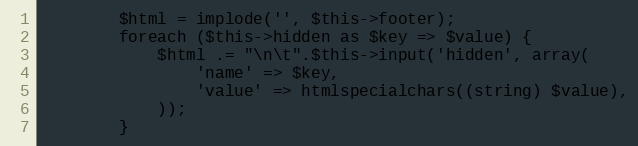
Language: PHP
        $html = implode('', $this->footer);
        foreach ($this->hidden as $key => $value) {
            $html .= "\n\t".$this->input('hidden', array(
                'name' => $key,
                'value' => htmlspecialchars((string) $value),
            ));
        }